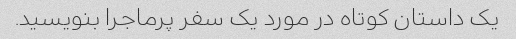
یک داستان کوتاه در مورد یک سفر پرماجرا بنویسید.